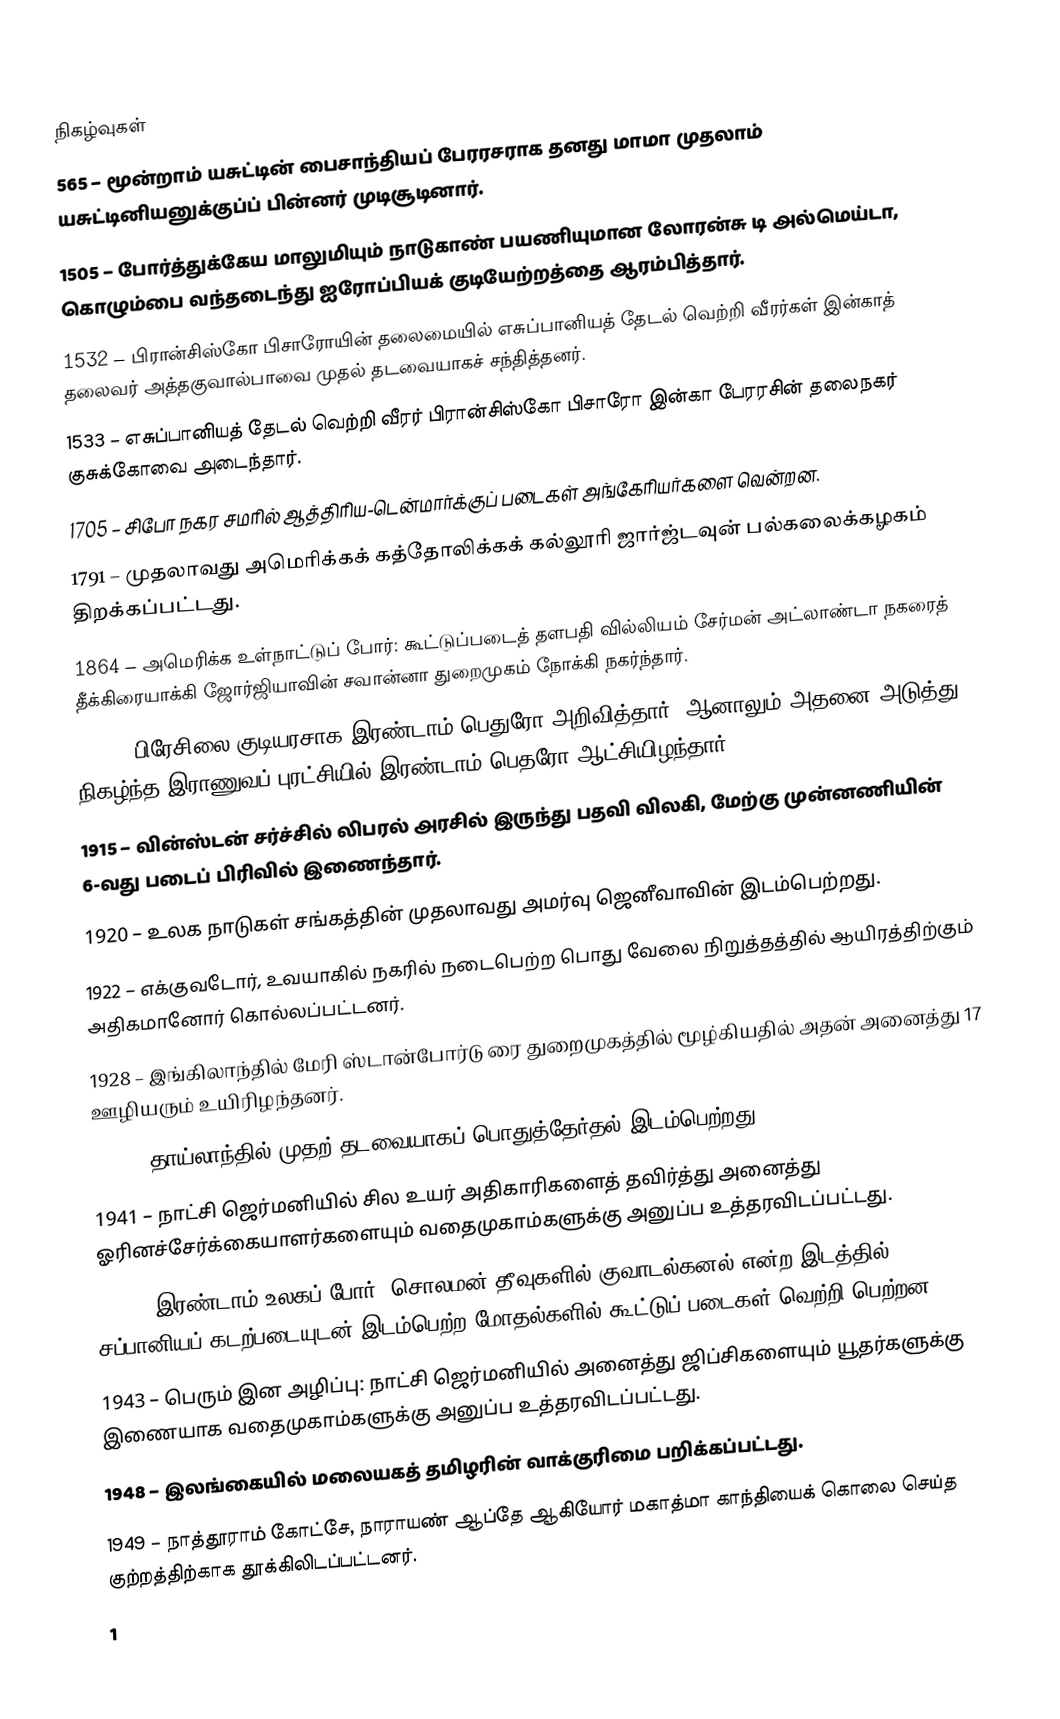

நிகழ்வுகள்
 565 – மூன்றாம் யசுட்டின் பைசாந்தியப் பேரரசராக தனது மாமா முதலாம் யசுட்டினியனுக்குப்ப் பின்னர் முடிசூடினார்.
1505 – போர்த்துக்கேய மாலுமியும் நாடுகாண் பயணியுமான லோரன்சு டி அல்மெய்டா, கொழும்பை வந்தடைந்து ஐரோப்பியக் குடியேற்றத்தை ஆரம்பித்தார்.
1532 – பிரான்சிஸ்கோ பிசாரோயின் தலைமையில் எசுப்பானியத் தேடல் வெற்றி வீரர்கள் இன்காத் தலைவர் அத்தகுவால்பாவை முதல் தடவையாகச் சந்தித்தனர்.
1533 – எசுப்பானியத் தேடல் வெற்றி வீரர் பிரான்சிஸ்கோ பிசாரோ இன்கா பேரரசின் தலைநகர் குசுக்கோவை அடைந்தார்.
1705 – சிபோ நகர சமரில் ஆத்திரிய-டென்மார்க்குப் படைகள் அங்கேரியர்களை வென்றன.
1791 – முதலாவது அமெரிக்கக் கத்தோலிக்கக் கல்லூரி ஜார்ஜ்டவுன் பல்கலைக்கழகம் திறக்கப்பட்டது.
1864 – அமெரிக்க உள்நாட்டுப் போர்: கூட்டுப்படைத் தளபதி வில்லியம் சேர்மன் அட்லாண்டா நகரைத் தீக்கிரையாக்கி ஜோர்ஜியாவின் சவான்னா துறைமுகம் நோக்கி நகர்ந்தார்.
1889 – பிரேசிலை குடியரசாக இரண்டாம் பெதுரோ அறிவித்தார். ஆனாலும் அதனை அடுத்து நிகழ்ந்த இராணுவப் புரட்சியில் இரண்டாம் பெதரோ ஆட்சியிழந்தார்.
1915 – வின்ஸ்டன் சர்ச்சில் லிபரல் அரசில் இருந்து பதவி விலகி, மேற்கு முன்னணியின் 6-வது படைப் பிரிவில் இணைந்தார்.
1920 – உலக நாடுகள் சங்கத்தின் முதலாவது அமர்வு ஜெனீவாவின் இடம்பெற்றது.
1922 – எக்குவடோர், உவயாகில் நகரில் நடைபெற்ற பொது வேலை நிறுத்தத்தில் ஆயிரத்திற்கும் அதிகமானோர் கொல்லப்பட்டனர்.
1928 – இங்கிலாந்தில் மேரி ஸ்டான்போர்டு ரை துறைமுகத்தில் மூழ்கியதில் அதன் அனைத்து 17 ஊழியரும் உயிரிழந்தனர்.
1933 – தாய்லாந்தில் முதற் தடவையாகப் பொதுத்தேர்தல் இடம்பெற்றது.
1941 – நாட்சி ஜெர்மனியில் சில உயர் அதிகாரிகளைத் தவிர்த்து அனைத்து ஓரினச்சேர்க்கையாளர்களையும் வதைமுகாம்களுக்கு அனுப்ப உத்தரவிடப்பட்டது.
1942 – இரண்டாம் உலகப் போர்: சொலமன் தீவுகளில் குவாடல்கனல் என்ற இடத்தில் சப்பானியப் கடற்படையுடன் இடம்பெற்ற மோதல்களில் கூட்டுப் படைகள் வெற்றி பெற்றன.
1943 – பெரும் இன அழிப்பு: நாட்சி ஜெர்மனியில் அனைத்து ஜிப்சிகளையும் யூதர்களுக்கு இணையாக வதைமுகாம்களுக்கு அனுப்ப உத்தரவிடப்பட்டது.
1948 – இலங்கையில் மலையகத் தமிழரின் வாக்குரிமை பறிக்கப்பட்டது.
1949 – நாத்தூராம் கோட்சே, நாராயண் ஆப்தே ஆகியோர் மகாத்மா காந்தியைக் கொலை செய்த குற்றத்திற்காக தூக்கிலிடப்பட்டனர்.
1